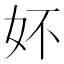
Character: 妚